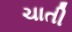
ચાતી